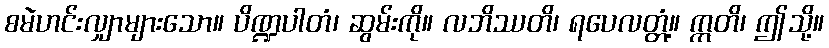
စမဲဟင်းလျှာများသော။ ပိဏ္ဍပါတံ၊ ဆွမ်းကို။ လဘိဿတိ၊ ရပေလတ္တံ့။ ဣတိ၊ ဤသို့။